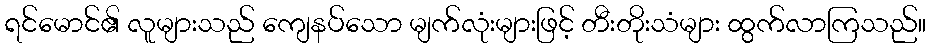
ရင်မောင်၏ လူများသည် ကျေနပ်သော မျက်လုံးများဖြင့် တီးတိုးသံများ ထွက်လာကြသည်။